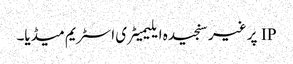
IP پر غیر سنجیدہ ایلیمیٹری اسٹریم میڈیا۔